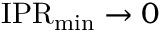
\mathrm { I P R } _ { \operatorname* { m i n } } \rightarrow 0